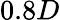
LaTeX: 0.8D